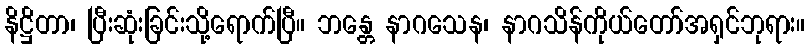
နိဋ္ဌိတာ၊ ပြီးဆုံးခြင်းသို့ရောက်ပြီ။ ဘန္တေ နာဂသေန၊ နာဂသိန်ကိုယ်တော်အရှင်ဘုရား။